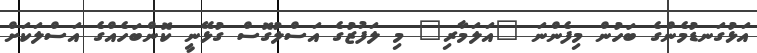
އަޅުގަނޑުމެންގެ ބަހުން މިފެންނަ "އަލަމާރި" މި ލަފުޒުގެ އަސްލުގޮސް ގުޅޭނީ ކޮންބަހެއްގެ އަސްލަކަށް